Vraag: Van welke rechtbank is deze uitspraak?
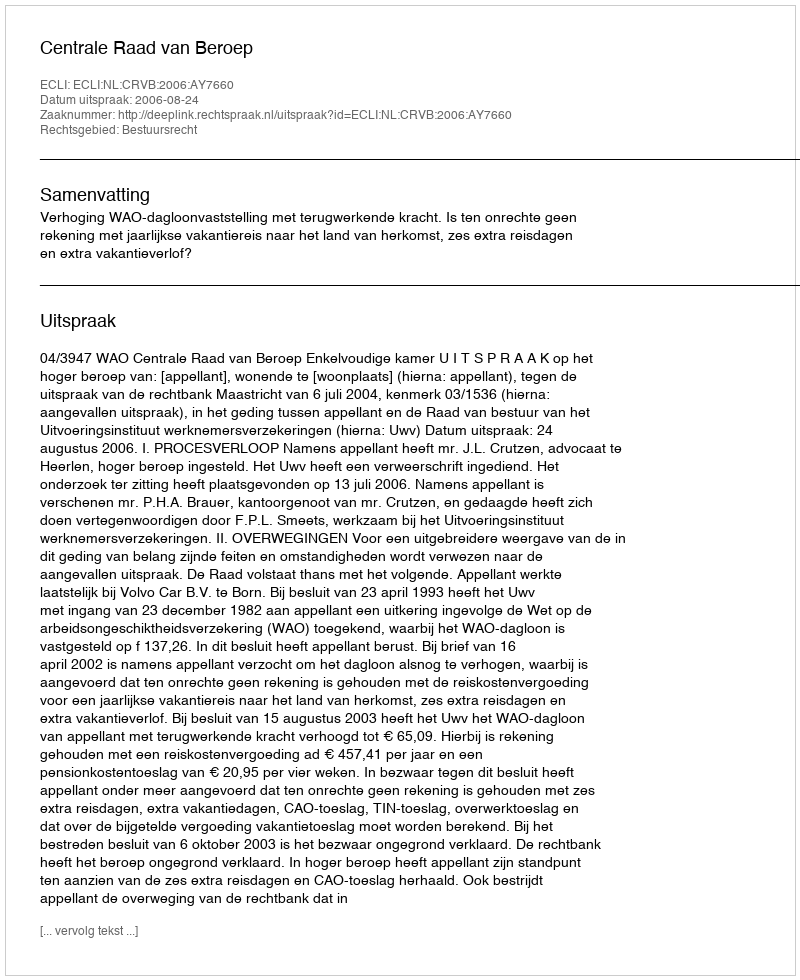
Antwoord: Centrale Raad van Beroep